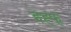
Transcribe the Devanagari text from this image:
इह्फ्